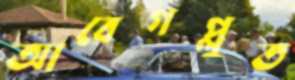
আবেগপ্লুত